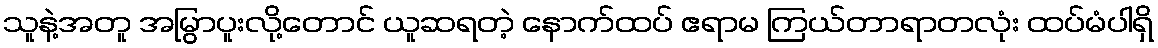
သူနဲ့အတူ အမြွာပူးလို့တောင် ယူဆရတဲ့ နောက်ထပ် ဧရာမ ကြယ်တာရာတလုံး ထပ်မံပါရှိ